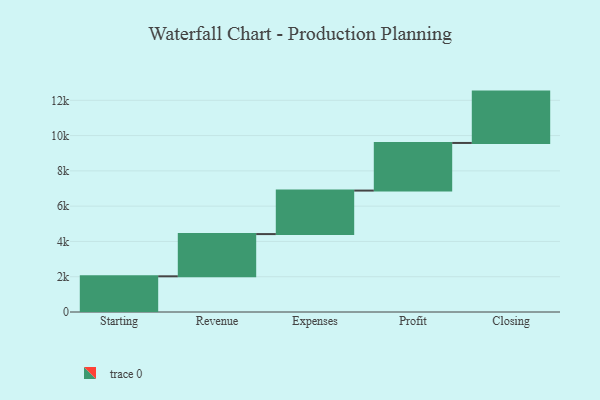
{"axis": {"x": "Step", "y": "Value"}, "legend": [""], "data": [{"x": "Starting", "y": 2023.0, "type": ""}, {"x": "Revenue", "y": 2394.0, "type": ""}, {"x": "Expenses", "y": 2466.0, "type": ""}, {"x": "Profit", "y": 2700.0, "type": ""}, {"x": "Closing", "y": 2911.0, "type": ""}]}